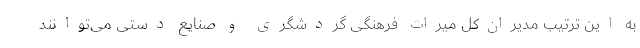
به این ترتیب مدیران‌کل میراث فرهنگی گردشگری و صنایع دستی می‌توانند